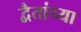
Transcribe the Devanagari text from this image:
द्वैतांच्या